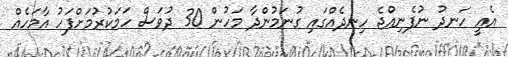
އެއީ ހަނދު ނުފެނިއްޖެ ހިނދެއްގައި ގުނަމުންދާ މަހުން 30 ދުވަސް ހަމަކުރުމަށްފަހު އާމަހެއް